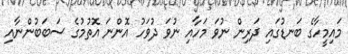
މައިމީހާގެ ބަނޑުގައި ދަރިން ނުވަ މަހާއި ނުވަ ދުވަހު އޮންނަ އޮތުމުގެ ސަބަބުންނާއި